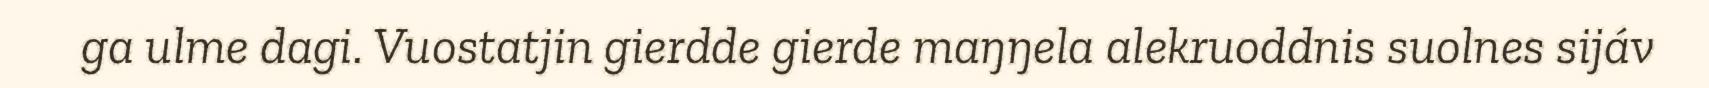
ga ulme dagi. Vuostatjin gierdde gierde maŋŋela alekruoddnis suolnes sijáv